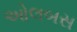
ઓલબસ